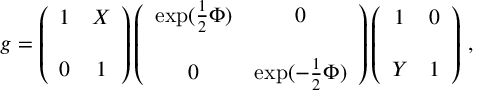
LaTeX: g = \left( \begin{array} { c c } { { 1 } } & { { X } } \\ { { } } & { { } } \\ { { 0 } } & { { 1 } } \end{array} \right) \left( \begin{array} { c c } { { \exp ( \frac 1 2 \Phi ) } } & { { 0 } } \\ { { } } & { { } } \\ { { 0 } } & { { \exp ( - \frac 1 2 \Phi ) } } \end{array} \right) \left( \begin{array} { c c } { { 1 } } & { { 0 } } \\ { { } } & { { } } \\ { { Y } } & { { 1 } } \end{array} \right) \, ,